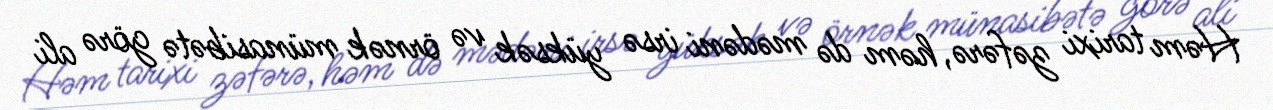
Həm tarixi zəfərə, həm də mədəni irsə yüksək və örnək münasibətə görə ali